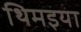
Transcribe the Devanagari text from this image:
थिमइया